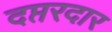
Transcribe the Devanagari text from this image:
दप्तरदार